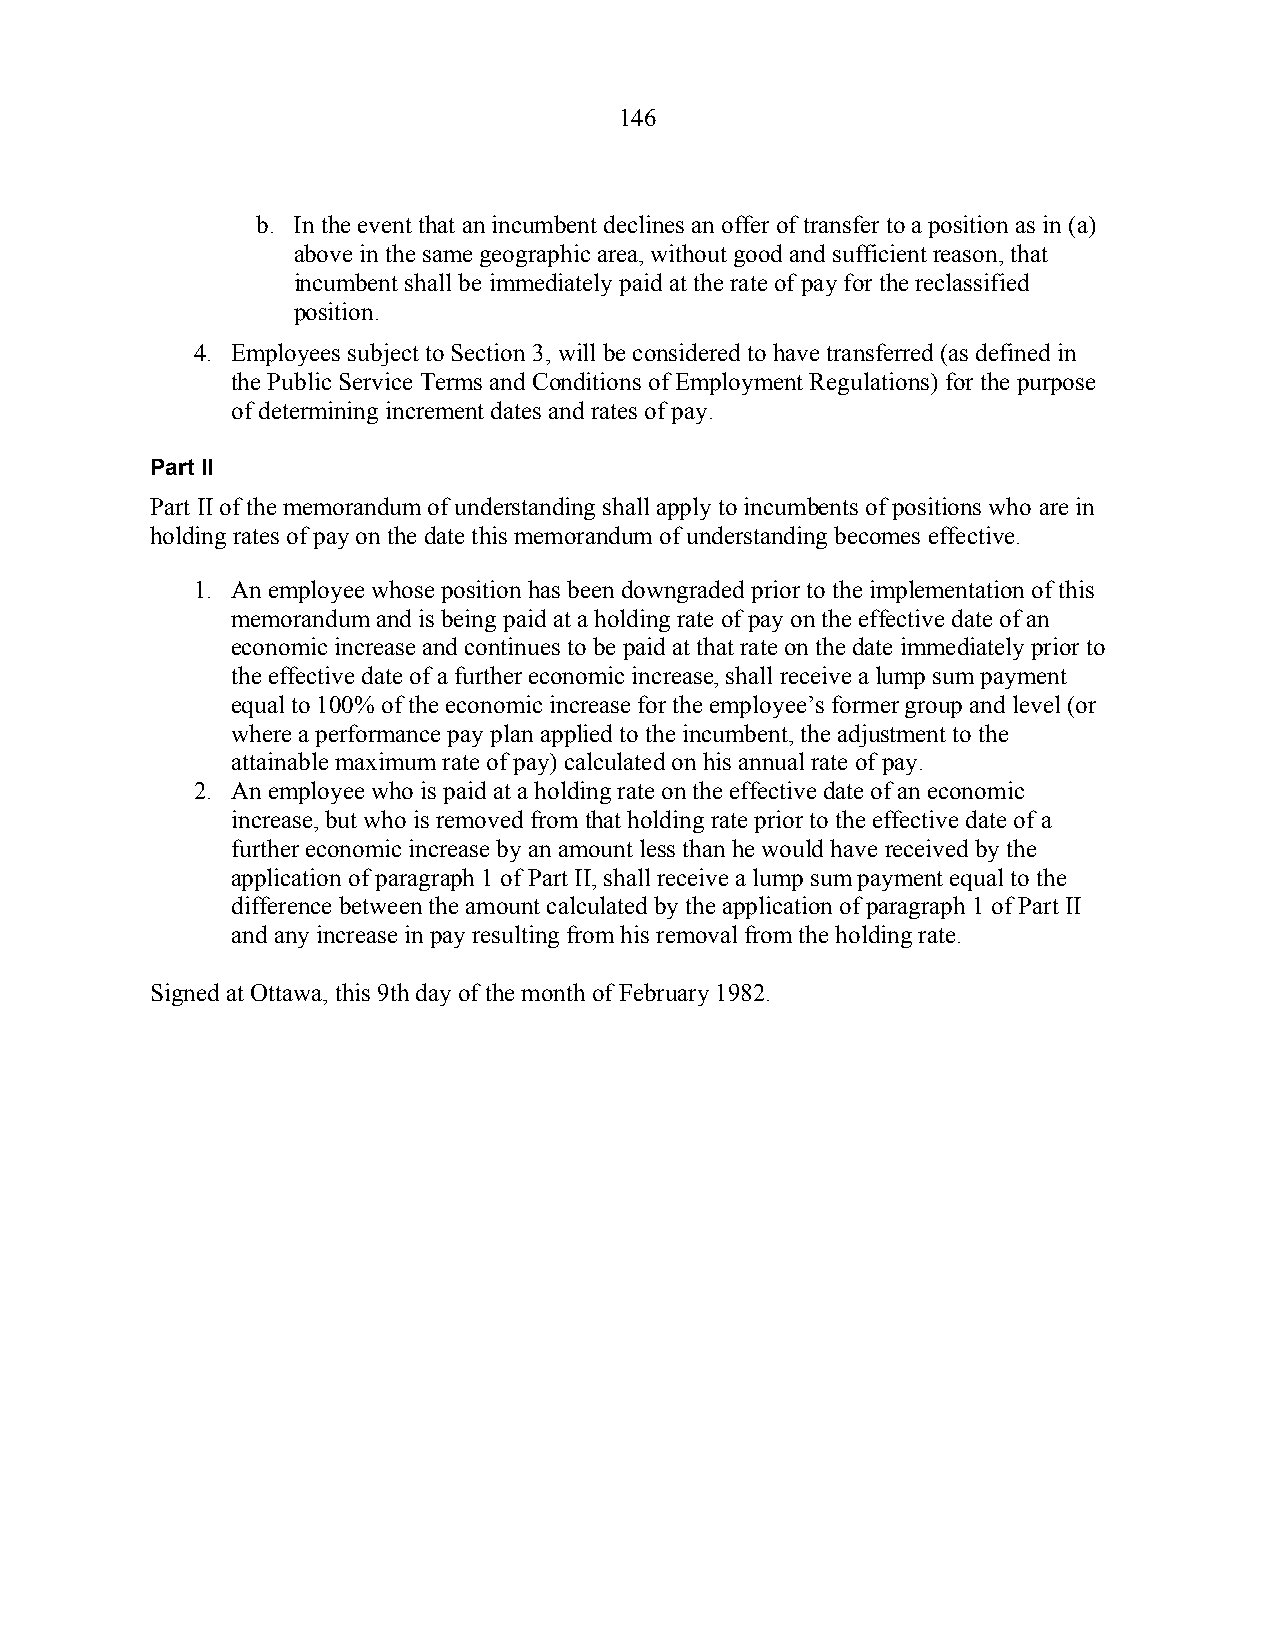
146
 b. In the event that an incumbent declines an offer of transfer to a position as in (a)
 above in the same geographic area, without good and sufficient reason, that
 incumbent shall be immediately paid at the rate of pay for the reclassified
 position.
 4. Employees subject to Section 3, will be considered to have transferred (as defined in
 the Public Service Terms and Conditions of Employment Regulations) for the purpose
 of determining increment dates and rates of pay.
 Part II
 Part II of the memorandum of understanding shall apply to incumbents of positions who are in
 holding rates of pay on the date this memorandum of understanding becomes effective.
 1. An employee whose position has been downgraded prior to the implementation of this
 memorandum and is being paid at a holding rate of pay on the effective date of an
 economic increase and continues to be paid at that rate on the date immediately prior to
 the effective date of a further economic increase, shall receive a lump sum payment
 equal to 100% of the economic increase for the employee’s former group and level (or
 where a performance pay plan applied to the incumbent, the adjustment to the
 attainable maximum rate of pay) calculated on his annual rate of pay.
 2. An employee who is paid at a holding rate on the effective date of an economic
 increase, but who is removed from that holding rate prior to the effective date of a
 further economic increase by an amount less than he would have received by the
 application of paragraph 1 of Part II, shall receive a lump sum payment equal to the
 difference between the amount calculated by the application of paragraph 1 of Part II
 and any increase in pay resulting from his removal from the holding rate.
 Signed at Ottawa, this 9th day of the month of February 1982.